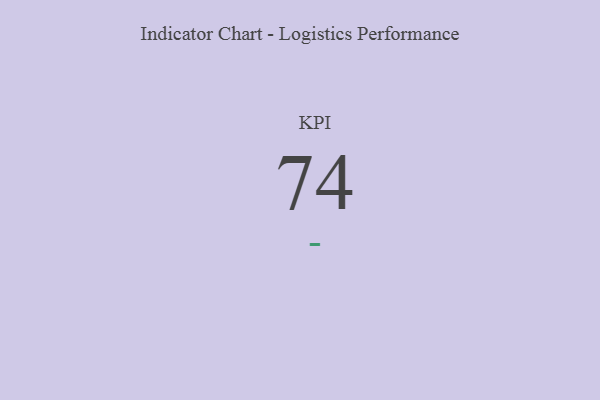
{"axis": {"x": "KPI", "y": "Value"}, "legend": [""], "data": [{"x": "KPI", "y": 74, "type": ""}]}